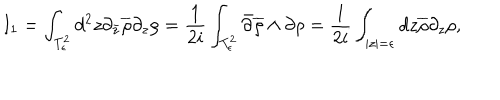
I _ { 1 } = \int _ { T _ { \epsilon } ^ { 2 } } d ^ { 2 } z \partial _ { \bar { z } } \overline { { { \rho } } } \partial _ { z } \rho = \frac { 1 } { 2 i } \int _ { T _ { \epsilon } ^ { 2 } } \bar { \partial } \overline { { { \rho } } } \wedge \partial \rho = \frac { 1 } { 2 i } \int _ { | z | = \epsilon } d z \overline { { { \rho } } } \partial _ { z } \rho ,